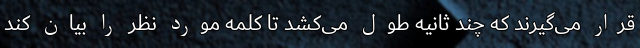
قرار می‌گیرند که چند ثانیه طول می‌کشد تا کلمه مورد نظر را بیان کند